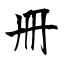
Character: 冊